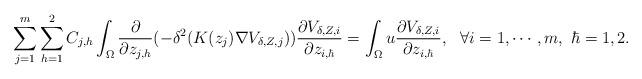
LaTeX: \begin{align*}\sum_{j=1}^m\sum_{h=1}^2C_{j,h}\int_{\Omega}\frac{\partial}{\partial z_{j,h}}(-\delta^2(K(z_j)\nabla V_{\delta, Z,j}))\frac{\partial V_{\delta, Z,i}}{\partial z_{i,\hbar}}=\int_{\Omega}u \frac{\partial V_{\delta, Z,i}}{\partial z_{i,\hbar}},\ \ \forall i=1,\cdots,m,\ \hbar=1,2.\end{align*}